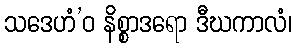
သဒေဟံ’ဝ နိစ္စာဒရော ဒီဃကာလံ၊